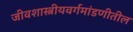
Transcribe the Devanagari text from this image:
जीवशास्त्रीयवर्गमांडणीतील